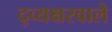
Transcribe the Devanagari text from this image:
द्व्यक्षरवाले